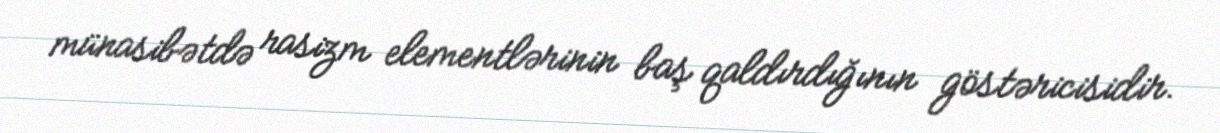
münasibətdə rasizm elementlərinin baş qaldırdığının göstəricisidir.